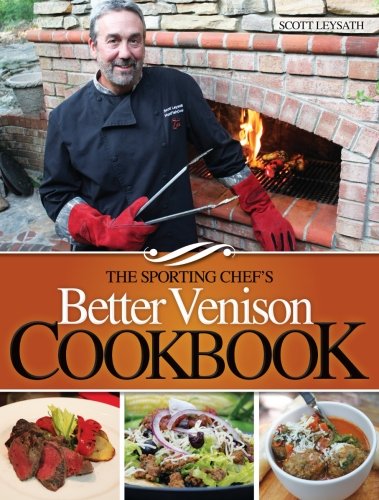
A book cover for The Sporting Chef's Better Venison Cookbook; Scott Leysath; Cookbooks, Food & Wine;